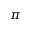
\pi